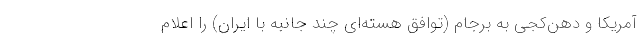
آمریکا و دهن‌کجی به برجام (توافق هسته‌ای چند جانبه با ایران) را اعلام